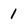
Character: 1